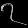
Digit: ၇